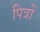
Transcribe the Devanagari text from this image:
पित्रों